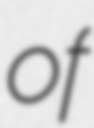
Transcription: of